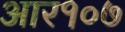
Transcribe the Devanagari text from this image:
आर१०७